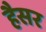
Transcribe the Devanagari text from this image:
हैैसर